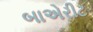
બાએરીટ